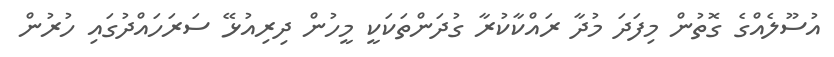
އުސޫލެއްގެ ގޮތުން މިފަދަ މުދާ ރައްކާކުރާ ގުދަންތަކަކީ މީހުން ދިރިއުޅޭ ސަރަހައްދުގައި ހުރުން